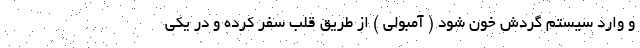
و وارد سیستم گردش خون شود ( آمبولی ) از طریق قلب سفر کرده و در یکی